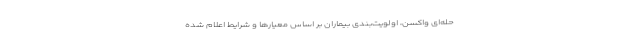
حله‌ای واکسن، اولویت‌بندی بیماران بر اساس معیارها و شرایط اعلام شده